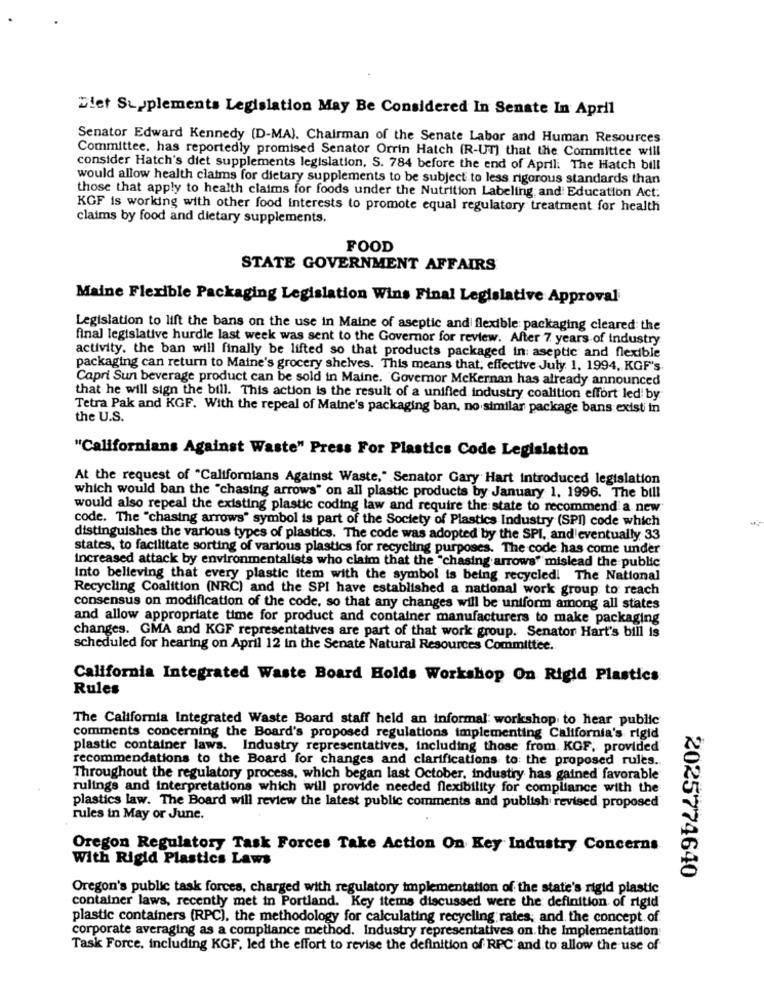
Diet Supplements Legislation May Be Considered In Senate In April
Senator Edward Kennedy (D-MAJ. Chairman of the Senate Labor and Human Resources
Committee, has reportedly promised Senator Orrin Hatch (R-UT) that the Committee will
consider Hatch's diet supplements legislation. S. 784 before the end of Aprili The Hatch bill
would allow health claims for dietary supplements to be subject to less rigorous standards than
those that apply to health claims for foods under the Nutrition Labeling and Education Act:
KGF is working with other food interests to promote equal regulatory treatment for health
claims by food and dietary supplements.
FOOD
STATE GOVERNMENT AFFAIRS
Maine Flexible Packaging Legislation Wins Final Legislative Approval
Legislation to lift the bans on the use in Maine of aseptic and flexible packaging cleared the
final legislative hurdle last week was sent to the Governor for review. After 7 years of industry
activity. the ban will finally be lifted so that products packaged in: aseptic and flexible
packaging can return to Maine's grocery shelves. This means that, effective July 1, 1994, KGF's.
Capri Sun beverage product can be sold in Maine. Governor McKernan has already announced
that he will sign the bill. This action is the result of a unified industry coalition effort led by
Tetra Pak and KGF. With the repeal of Maine's packaging ban, no similar package bans exist in
the U.S.
"Californians Against Waste" Press For Plastics Code Legislation
At the request of "Californians Against Waste," Senator Gary Hart introduced legislation
which would ban the "chasing arrows" on all plastic products by January 1, 1996. The bill
would also repeal the existing plastic coding law and require the state to recommend a new
code. The "chasing arrows" symbol is part of the Society of Plastics Industry (SPI) code which
distinguishes the various types of plastics. The code was adopted by the SPI, and eventually 33
states, to facilitate sorting of various plastics for recycling purposes. The code has come under
increased attack by environmentalists who claim that the "chasing arrows" mislead the public
Into believing that every plastic item with the symbol is being recycled! The National
Recycling Coalition (NRC) and the SPI have established a national work group to reach
consensus on modification of the code, so that any changes will be uniform among all states
and allow appropriate time for product and container manufacturers to make packaging
changes. GMA and KGF representatives are part of that work group. Senator Hart's bill is
scheduled for hearing on April 12 in the Senate Natural Resources Committee.
California Integrated Waste Board Holds Workshop On Rigid Plastics
Rules
The California Integrated Waste Board staff held an informal: workshop to hear public
comments concerning the Board's proposed regulations implementing California's rigid
plastic container laws. Industry representatives, including those from. KGF, provided
recommendations to the Board for changes and clarifications to: the proposed rules.
Throughout the regulatory process, which began last October, industry has gained favorable
rulings and interpretations which will provide needed flexibility for compliance with the
plastics law. The Board will review the latest public comments and publish revised proposed
rules in May or June.
Oregon Regulatory Task Forces Take Action On Key Industry Concerns
With Rigid Plastics Laws
2025774640
Oregon's public task forces, charged with regulatory implementation of the state's rigid plastic
container laws, recently met in Portland. Key items discussed were the definition of rigid
plastic containers (RPC), the methodology for calculating recycling rates; and, the concept. of
corporate averaging as a compliance method. Industry representatives on the Implementation
Task Force, including KGF, led the effort to revise the definition of RPC' and to allow the use of